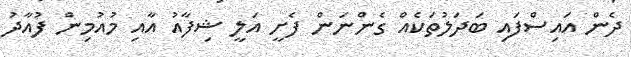
ދެން އައިސްފައި ބަދަލުތަކެއް ގެންނަން ފެށީ އަލީ ޝިފާއު އާއި މުއުމިން ފުއާދު